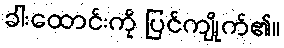
ခါးထောင်းကို ပြင်ကျိုက်၏။